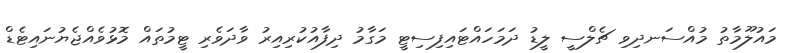
މައުލޫމާތު މުއްސަނދިވި ޗެލްސީ ލީޑު ދަމަހައްޓައިފިސިޓީ މަގާމު ދިފާއުކުރިއިރު ވާދަވެރި ޓީމުތައް މޮޅުވެއްޖެޔުނައިޓެޑް